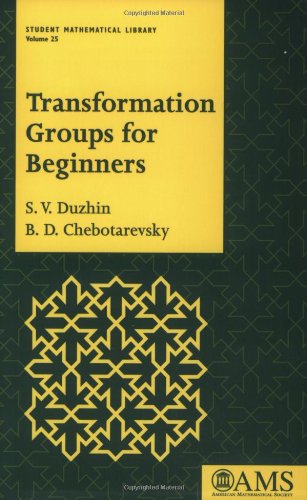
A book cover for Transformation Groups for Beginners (Student Mathematical Library, Vol. 25) (Student Mathematical Library, V. 25); S. V. Duzhin; Science & Math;